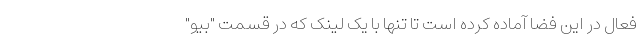
فعال در این فضا آماده کرده است تا تنها با یک لینک که در قسمت "بیو"